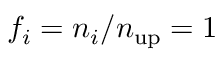
f _ { i } = n _ { i } / n _ { \mathrm { u p } } = 1 \